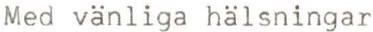
Med vänliga hälsningar